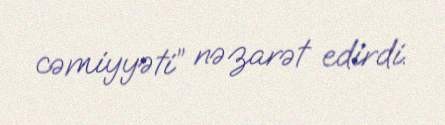
cəmiyyəti” nəzarət edirdi.